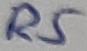
Text: R5